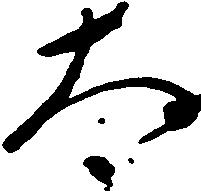
太